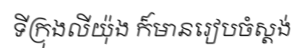
ទីក្រុងលីយ៉ុង ក៏មានរៀបចំស្តង់